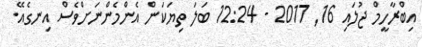
އިބްރާހީމް ޖުލައި 16